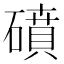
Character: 𥖀